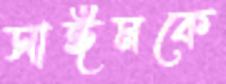
সাঈমকে